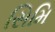
સિમિ